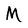
Character: M